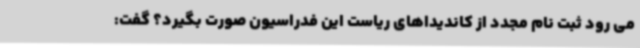
می رود ثبت نام مجدد از کاندیداهای ریاست این فدراسیون صورت بگیرد؟ گفت: